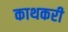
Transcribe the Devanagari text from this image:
काथकरी